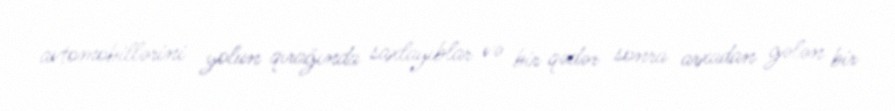
avtomobillərini yolun qırağında saxlayıblar və bir qədər sonra arxadan gələn bir